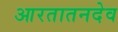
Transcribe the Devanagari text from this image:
आरतातनदेव